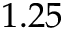
1 . 2 5